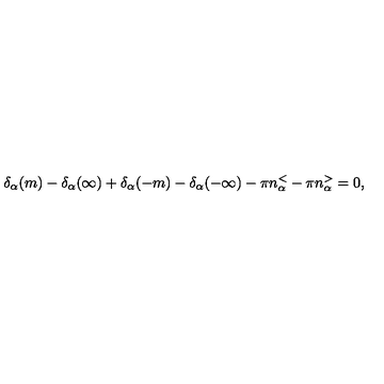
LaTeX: \delta _ { \alpha } ( m ) - \delta _ { \alpha } ( \infty ) + \delta _ { \alpha } ( - m ) - \delta _ { \alpha } ( - \infty ) - \pi n _ { \alpha } ^ { < } - \pi n _ { \alpha } ^ { > } = 0 ,